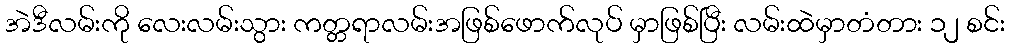
အဲဒီလမ်းကို လေးလမ်းသွား ကတ္တရာလမ်းအဖြစ်ဖောက်လုပ် မှာဖြစ်ပြီး လမ်းထဲမှာတံတား ၁၂ စင်း